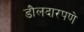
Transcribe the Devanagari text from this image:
डौलदारपणे